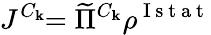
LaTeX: J^{C_{\mathbf{k}}}\! \! =\widetilde{{\Pi}}^{C_{\mathbf{k}}}\rho^{\mathrm{{~I~s~t~a~t~}}}